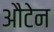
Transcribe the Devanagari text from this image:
औटेन